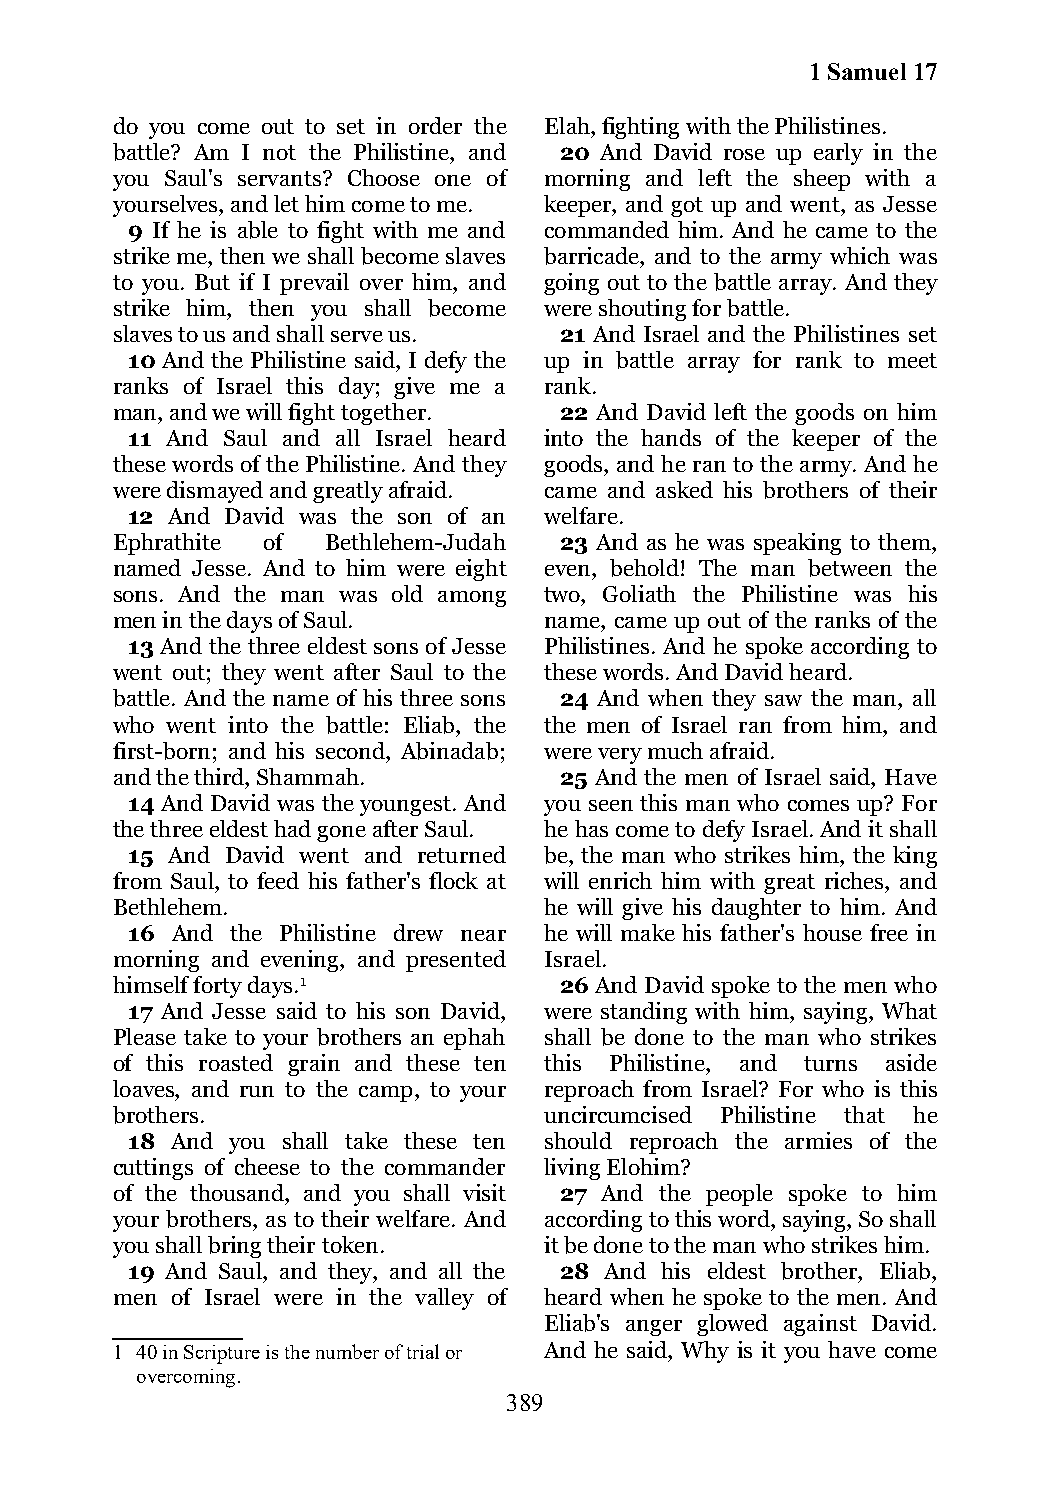
1 Samuel 17
 do you come out to set in order the Elah, fighting with the Philistines.
 battle? Am I not the Philistine, and 20 And David rose up early in the
 you Saul's servants? Choose one of morning and left the sheep with a
 yourselves, and let him come to me. keeper, and got up and went, as Jesse
 9 If he is able to fight with me and commanded him. And he came to the
 strike me, then we shall become slaves barricade, and to the army which was
 to you. But if I prevail over him, and going out to the battle array. And they
 strike him, then you shall become were shouting for battle.
 slaves to us and shall serve us. 21 And Israel and the Philistines set
 10 And the Philistine said, I defy the up in battle array for rank to meet
 ranks of Israel this day; give me a rank.
 man, and we will fight together. 22 And David left the goods on him
 11 And Saul and all Israel heard into the hands of the keeper of the
 these words of the Philistine. And they goods, and he ran to the army. And he
 were dismayed and greatly afraid. came and asked his brothers of their
 12 And David was the son of an welfare.
 Ephrathite of  Bethlehem-Judah 23 And as he was speaking to them,
 named Jesse. And to him were eight even, behold! The man between the
 sons. And the man was old among two, Goliath the Philistine was his
 men in the days of Saul.     name, came up out of the ranks of the
 13 And the three eldest sons of Jesse Philistines. And he spoke according to
 went out; they went after Saul to the these words. And David heard.
 battle. And the name of his three sons 24 And when they saw the man, all
 who went into the battle: Eliab, the the men of Israel ran from him, and
 first-born; and his second, Abinadab; were very much afraid.
 and the third, Shammah.       25 And the men of Israel said, Have
 14 And David was the youngest. And you seen this man who comes up? For
 the three eldest had gone after Saul. he has come to defy Israel. And it shall
 15 And David went and returned be, the man who strikes him, the king
 from Saul, to feed his father's flock at will enrich him with great riches, and
 Bethlehem.                   he will give his daughter to him. And
 16 And the Philistine drew near he will make his father's house free in
 morning and evening, and presented Israel.
 himself forty days.1          26 And David spoke to the men who
 17 And Jesse said to his son David, were standing with him, saying, What
 Please take to your brothers an ephah shall be done to the man who strikes
 of this roasted grain and these ten this Philistine, and turns aside
 loaves, and run to the camp, to your reproach from Israel? For who is this
 brothers.                    uncircumcised Philistine that he
 18 And you shall take these ten should reproach the armies of the
 cuttings of cheese to the commander living Elohim?
 of the thousand, and you shall visit 27 And the people spoke to him
 your brothers, as to their welfare. And according to this word, saying, So shall
 you shall bring their token. it be done to the man who strikes him.
 19 And Saul, and they, and all the 28 And his eldest brother, Eliab,
 men of Israel were in the valley of heard when he spoke to the men. And
 Eliab's anger glowed against David.
 1 40 in Scripture is the number of trial or And he said, Why is it you have come
 overcoming.
 389